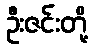
ဦးဇင်းတို့